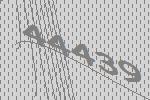
44439